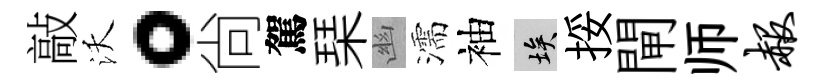
敲沃。尙駕琹幽濡袖埃挼閘师赧